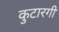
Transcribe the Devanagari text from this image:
कुटारगी